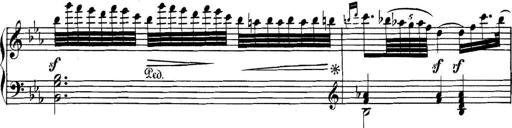
Title: Collected Piano Sonatas
Composer: Muzio Clementi